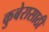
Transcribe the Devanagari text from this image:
कुबेरासाठी